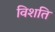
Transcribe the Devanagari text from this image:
विशति